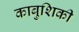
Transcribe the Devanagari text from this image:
काबुशिकी